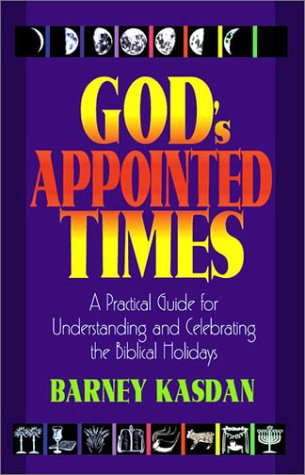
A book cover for God's Appointed Times: A Practical Guide for Understanding and Celebrating the Biblical Holidays; Barney Kasdan; Religion & Spirituality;